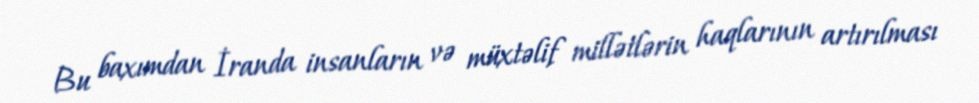
Bu baxımdan İranda insanların və müxtəlif millətlərin haqlarının artırılması